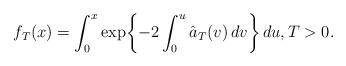
LaTeX: \begin{align*} f_T(x)=\int_{0}^{x}\exp \biggl\{-2\int_{0}^{u} \hat{a}_T(v)\, dv \biggr\}\,du,T>0.\end{align*}